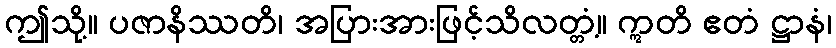
ဤသို့။ ပဇာနိဿတိ၊ အပြားအားဖြင့်သိလတ္တံ့။ ဣတိ ဧတံ ဋ္ဌာနံ၊